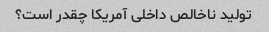
تولید ناخالص داخلی آمریکا چقدر است؟